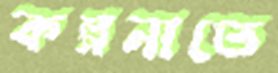
কল্পনাতে